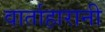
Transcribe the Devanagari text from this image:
वार्ताहारानी